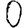
Digit: 0